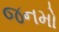
જનમો